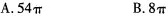
A.54 \pi B.8 \pi